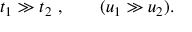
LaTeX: t _ { 1 } \gg t _ { 2 } ~ , \qquad ( u _ { 1 } \gg u _ { 2 } ) .